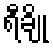
ရီချို